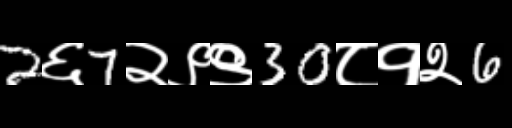
Text: 2६7२९९30८१२6